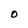
Character: O